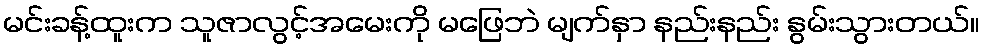
မင်းခန့်ထူးက သူဇာလွင့်အမေးကို မဖြေဘဲ မျက်နှာ နည်းနည်း နွမ်းသွားတယ်။